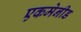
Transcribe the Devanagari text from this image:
एकमेनीड